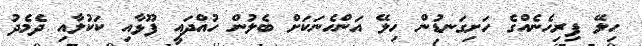
ހިލޭ ފިރިހެނެއްގެ ހަށިގަނޑުން ހިލޭ އަންހެނަކަށް ބެލުން ހުއްދައީ ފޫޅާއި ކަކުލާއި ދެމެދު